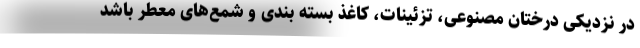
در نزدیکی درختان مصنوعی، تزئینات، کاغذ بسته بندی و شمع‌های معطر باشد